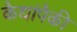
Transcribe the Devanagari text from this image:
कैद्यांपैकी